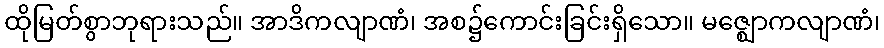
ထိုမြတ်စွာဘုရားသည်။ အာဒိကလျာဏံ၊ အစ၌ကောင်းခြင်းရှိသော။ မဇ္ဈောကလျာဏံ၊